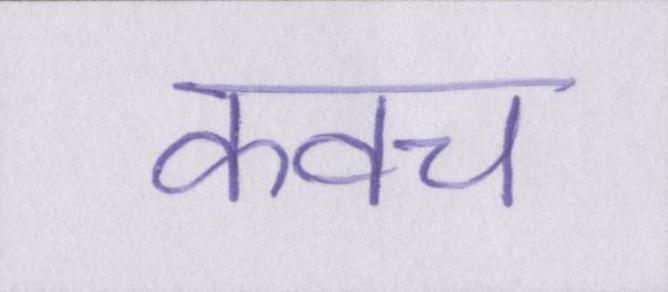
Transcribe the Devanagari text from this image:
कवच